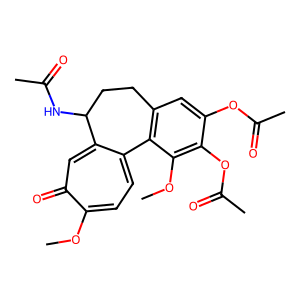
SMILES: COc1c(OC(C)=O)c(OC(C)=O)cc2c1-c1ccc(OC)c(=O)cc1C(NC(C)=O)CC2
Inhibits HIV replication: No